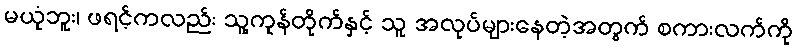
မယုံဘူး၊ ဖရင့်ကလည်း သူ့ကုန်တိုက်နှင့် သူ အလုပ်များနေတဲ့အတွက် စကားလက်ကို